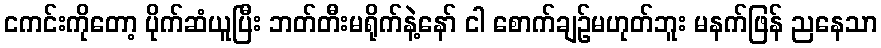
ငကင်းကိုတော့ ပိုက်ဆံယူပြီး ဘတ်တီးမရိုက်နဲ့နော် ငါ စောက်ချဉ်မဟုတ်ဘူး မနက်ဖြန် ညနေသာ